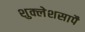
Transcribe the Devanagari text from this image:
शुक्लेशसापै